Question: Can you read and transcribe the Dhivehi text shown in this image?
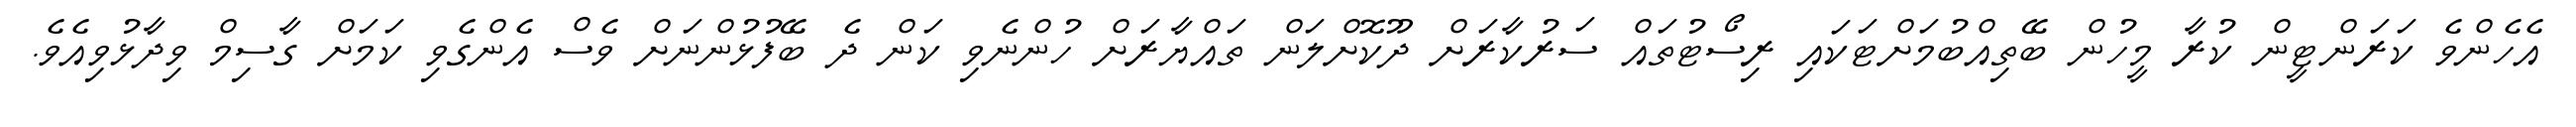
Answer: އެހެންވެ ކަރަންޓީން ކުރާ މީހުން ބޭތިއްބުމަށްޓަކައި ރިސޯޓުތައް ސަރުކާރަށް ދޫކޮށްލަން ތައްޔާރަށް ހުންނެވި ކަން ދެ ބޭފުޅުންނަށް ވެސް އެންގެވި ކަމަށް ގާސިމް ވިދާޅުވިއެވެ.